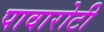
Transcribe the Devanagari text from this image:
पावारोटी